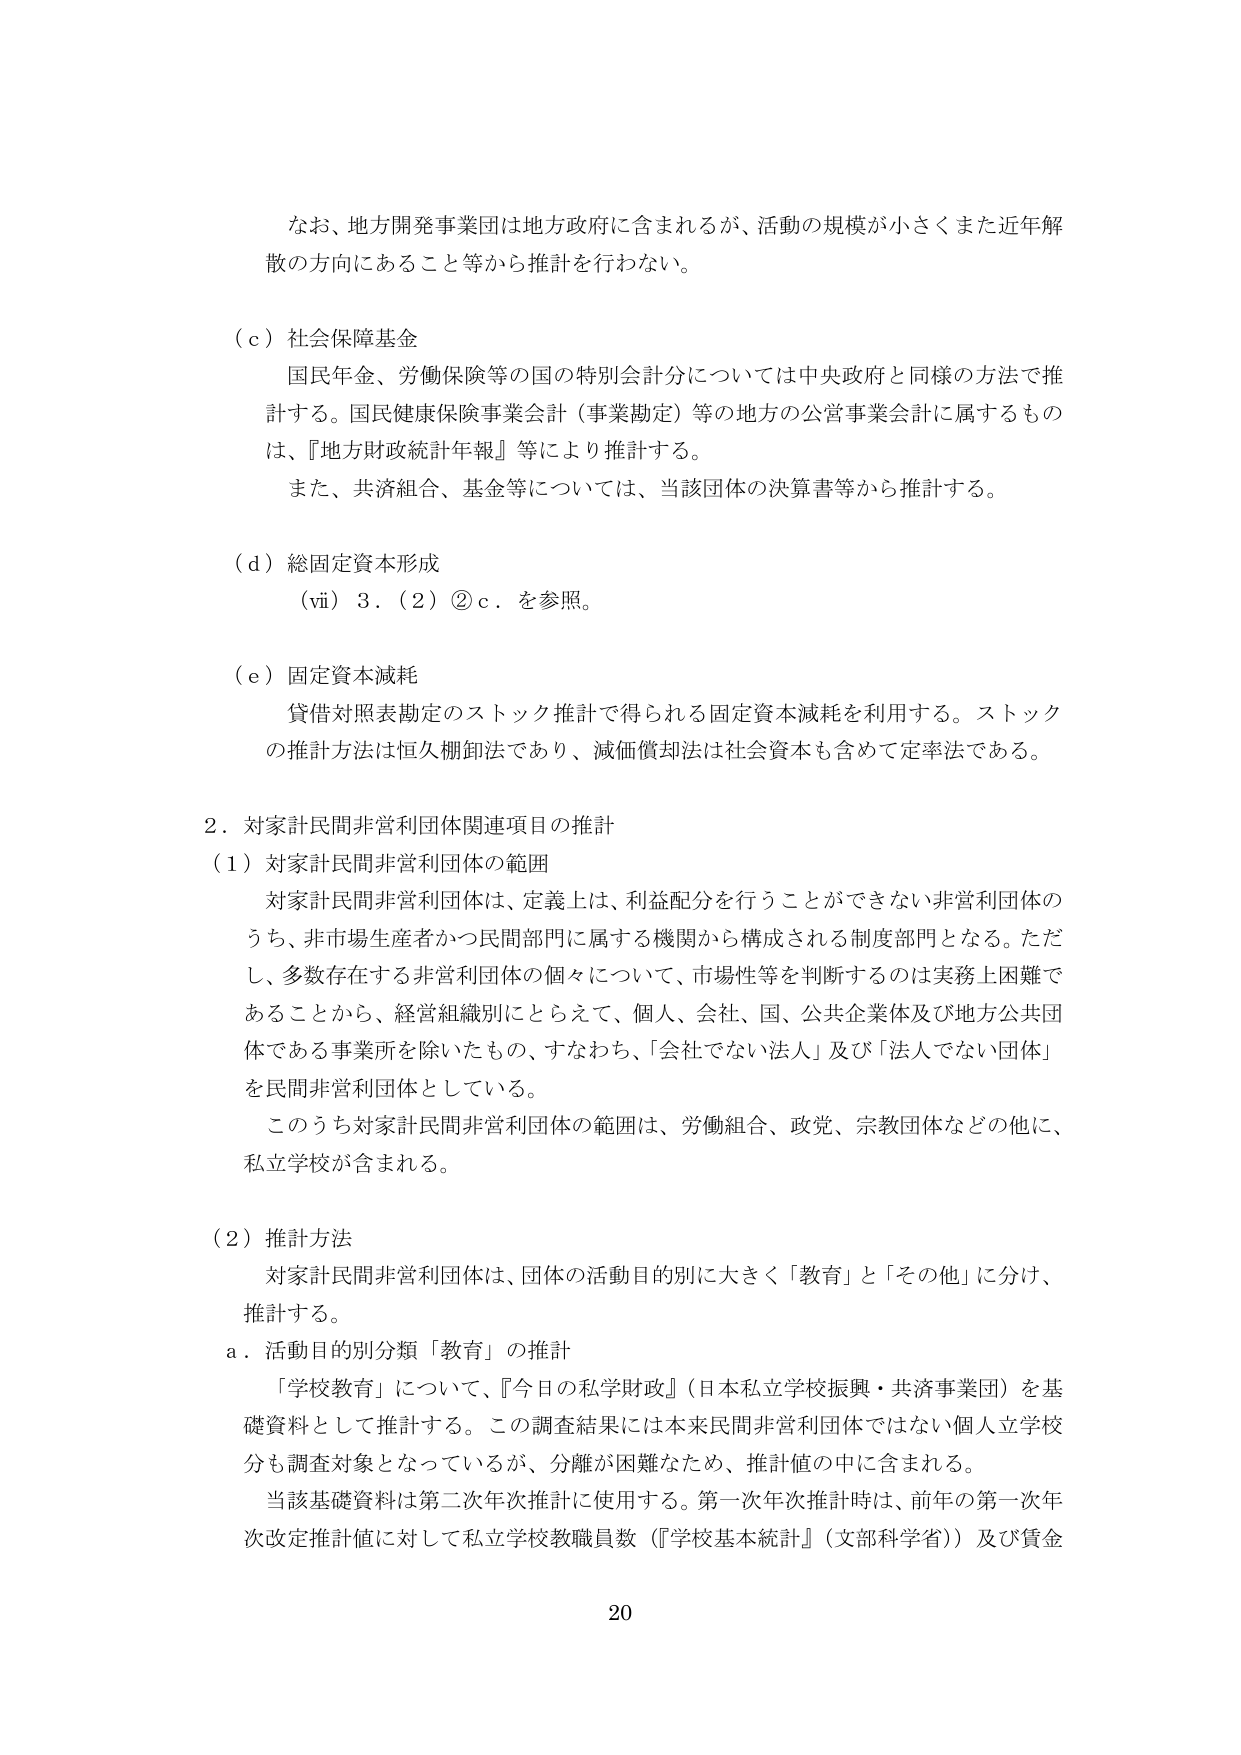
なお、地方開発事業団は地方政府に含まれるが、活動の規模が小さくまた近年解散の方向にあること等から推計を行わない。

（ｃ）社会保障基金
国民年金、労働保険等の国の特別会計分については中央政府と同様の方法で推計する。国民健康保険事業会計（事業勘定）等の地方の公営事業会計に属するものは、『地方財政統計年報』等により推計する。
また、共済組合、基金等については、当該団体の決算書等から推計する。

（ｄ）総固定資本形成
（ⅵ）3．（2）②ｃ．を参照。

（ｅ）固定資本減耗
貸借対照表勘定のストック推計で得られる固定資本減耗を利用する。ストックの推計方法は恒久棚卸法であり、減価償却法は社会資本も含めて定率法である。

2．対家計民間非営利団体関連項目の推計
（1）対家計民間非営利団体の範囲
対家計民間非営利団体は、定義上は、利益配分を行うことができない非営利団体のうち、非市場生産者かつ民間部門に属する機関から構成される制度部門となる。ただし、多数存在する非営利団体の個々について、市場性等を判断するのは実務上困難であることから、経営組織別にとらえて、個人、会社、国、公共企業体及び地方公共団体である事業所を除いたもの、すなわち、「会社でない法人」及び「法人でない団体」を民間非営利団体としている。
このうち対家計民間非営利団体の範囲は、労働組合、政党、宗教団体などの他に、私立学校が含まれる。

（2）推計方法
対家計民間非営利団体は、団体の活動目的別に大きく「教育」と「その他」に分け、推計する。
ａ．活動目的別分類「教育」の推計
「学校教育」について、『今日の私学財政』（日本私立学校振興・共済事業団）を基礎資料として推計する。この調査結果には本来民間非営利団体ではない個人立学校分も調査対象となっているが、分離が困難なため、推計値の中に含まれる。
当該基礎資料は第二次年次推計に使用する。第一次年次推計時は、前年の第一次年次改定推計値に対して私立学校教職員数（『学校基本統計』（文部科学省））及び賃金

20